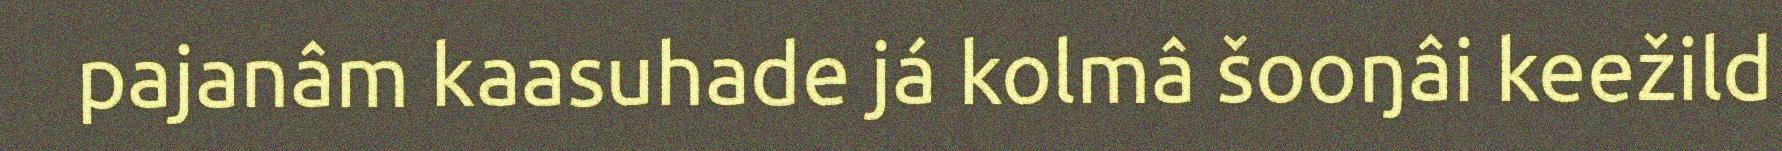
pajanâm kaasuhade já kolmâ šooŋâi keežild